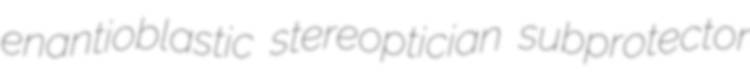
enantioblastic stereoptician subprotector